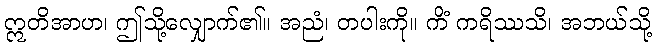
ဣတိအာဟ၊ ဤသို့လျှောက်၏။ အညံ၊ တပါးကို။ ကိံ ကရိဿသိ၊ အဘယ်သို့